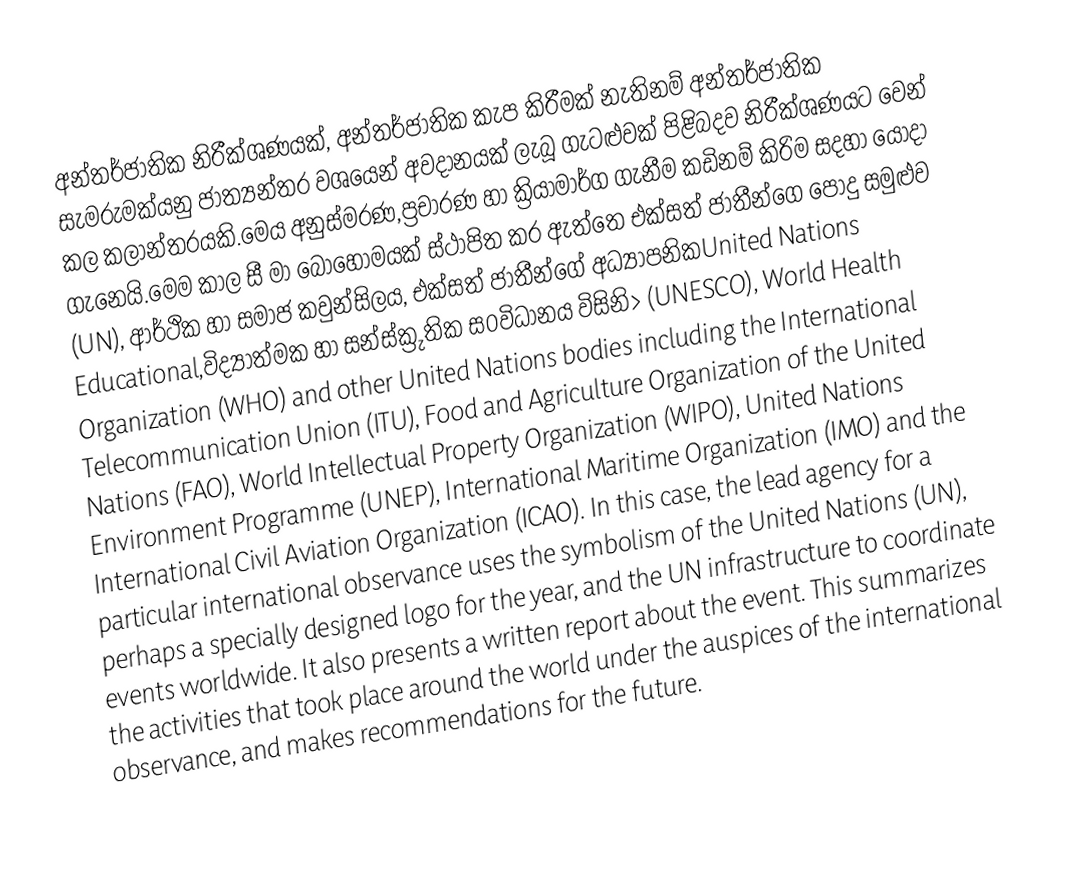
අන්තර්ජාතික නිරීක්ශණයක්, අන්තර්ජාතික කැප කිරීමක් නැතිනම් අන්තර්ජාතික සැමරුමක්යනු ජාත්‍යන්තර වශයෙන් අවදානයක් ලැබූ ගැටළුවක් පිළිබදව නිරීක්ශණයට වෙන් කල කලාන්තරයකි.මෙය අනුස්මරණ,ප්‍රචාරණ හා ක්‍රියාමාර්ග ගැනීම කඩිනම් කිරිම සදහා යොදා ගැනෙයි.මෙම කාල සී මා බොහොමයක් ස්ථාපිත කර ඇත්තෙ එක්සත් ජාතීන්ගෙ පොදු සමුළුව  (UN), ආර්ථික හා සමාජ කවුන්සිලය, එක්සත් ජාතීන්ගේ අධ්‍යාපනිකUnited Nations Educational,විද්‍යාත්මක  හා සන්ස්ක්‍රුතික ස0විධානය විසිනි>  (UNESCO), World Health Organization (WHO) and other United Nations bodies including the International Telecommunication Union (ITU), Food and Agriculture Organization of the United Nations (FAO), World Intellectual Property Organization (WIPO), United Nations Environment Programme (UNEP), International Maritime Organization (IMO) and the International Civil Aviation Organization (ICAO). In this case, the lead agency for a particular international observance uses the symbolism of the United Nations (UN), perhaps a specially designed logo for the year, and the UN infrastructure to coordinate events worldwide. It also presents a written report about the event. This summarizes the activities that took place around the world under the auspices of the international observance, and makes recommendations for the future.